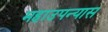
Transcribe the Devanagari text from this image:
महाउपन्यास